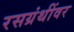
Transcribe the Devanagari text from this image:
रसग्रंथींवर